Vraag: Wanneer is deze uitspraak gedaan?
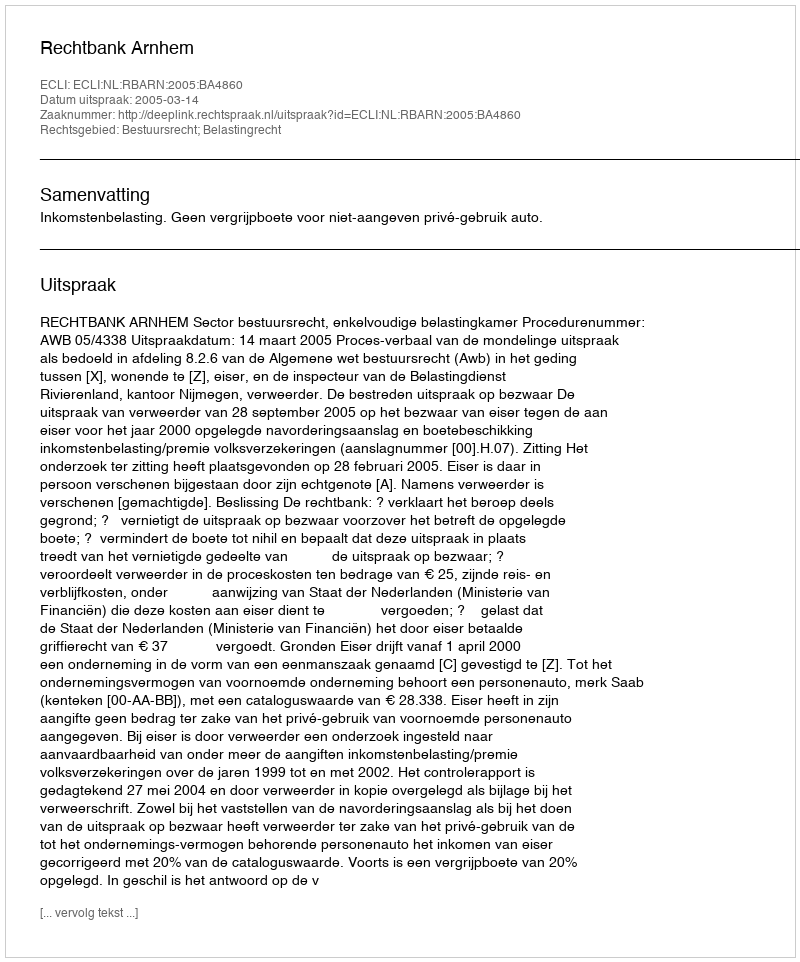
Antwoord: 2005-03-14